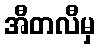
အီတလီမှ